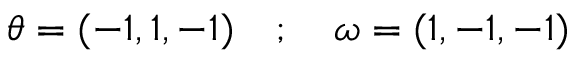
\theta = ( - 1 , 1 , - 1 ) \quad ; \quad \omega = ( 1 , - 1 , - 1 )